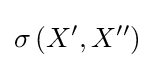
\sigma \left(X^{\prime },X^{\prime \prime }\right)